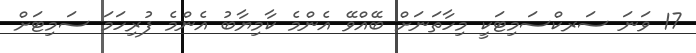
17 ވަނަ ސަރކްސަމިޓަކީ މިހާތަނަށް ބޭއްވޭ އެންމެ ކާމިޔާބު އެންމެ ފުރިހަމަ ސަމިޓަށް